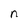
Character: n